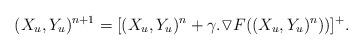
LaTeX: \begin{align*} (X_u, Y_u)^{n+1}=[(X_u, Y_u)^n+\gamma.\triangledown F((X_u, Y_u)^n))]^+. \end{align*}